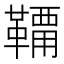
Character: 𩌸